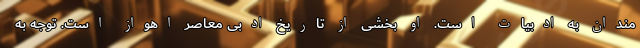
مندان به ادبیات است. او بخشی از تاریخ ادبی معاصر اهواز است. توجه به